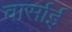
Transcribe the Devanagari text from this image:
वार्साई